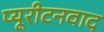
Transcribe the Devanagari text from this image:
प्यूरीटनवाद